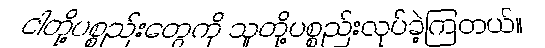
ငါတို့ပစ္စည်းတွေကို သူတို့ပစ္စည်းလုပ်ခဲ့ကြတယ်။